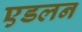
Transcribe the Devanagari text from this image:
एडलन